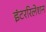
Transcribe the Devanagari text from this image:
इंटररिलेशन